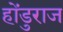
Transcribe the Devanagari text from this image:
होंडुराज